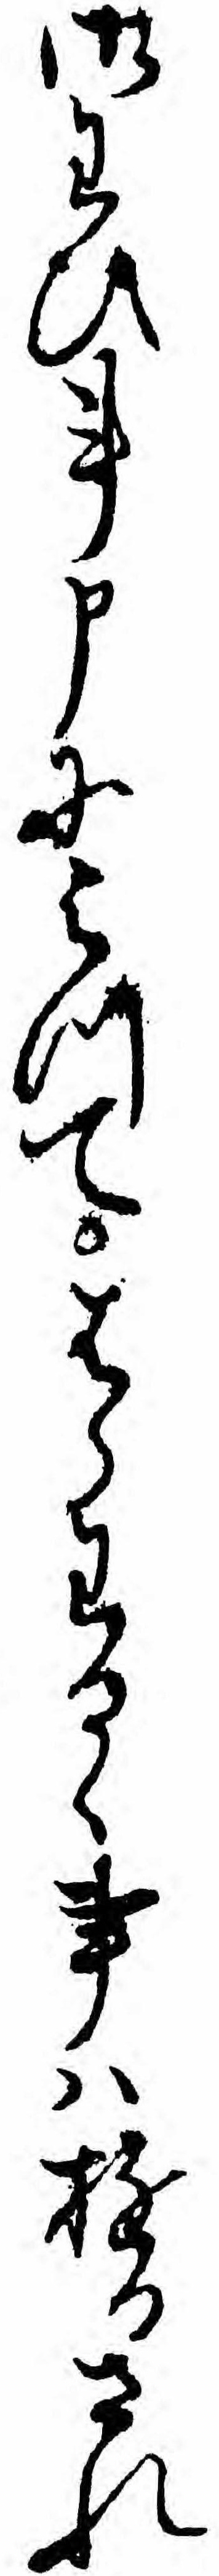
御わひ事申によつてはらわるく事ハゆるされ